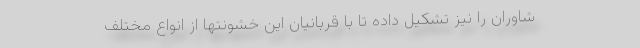
شاوران را نیز تشکیل داده تا با قربانیان این خشونتها از انواع مختلف